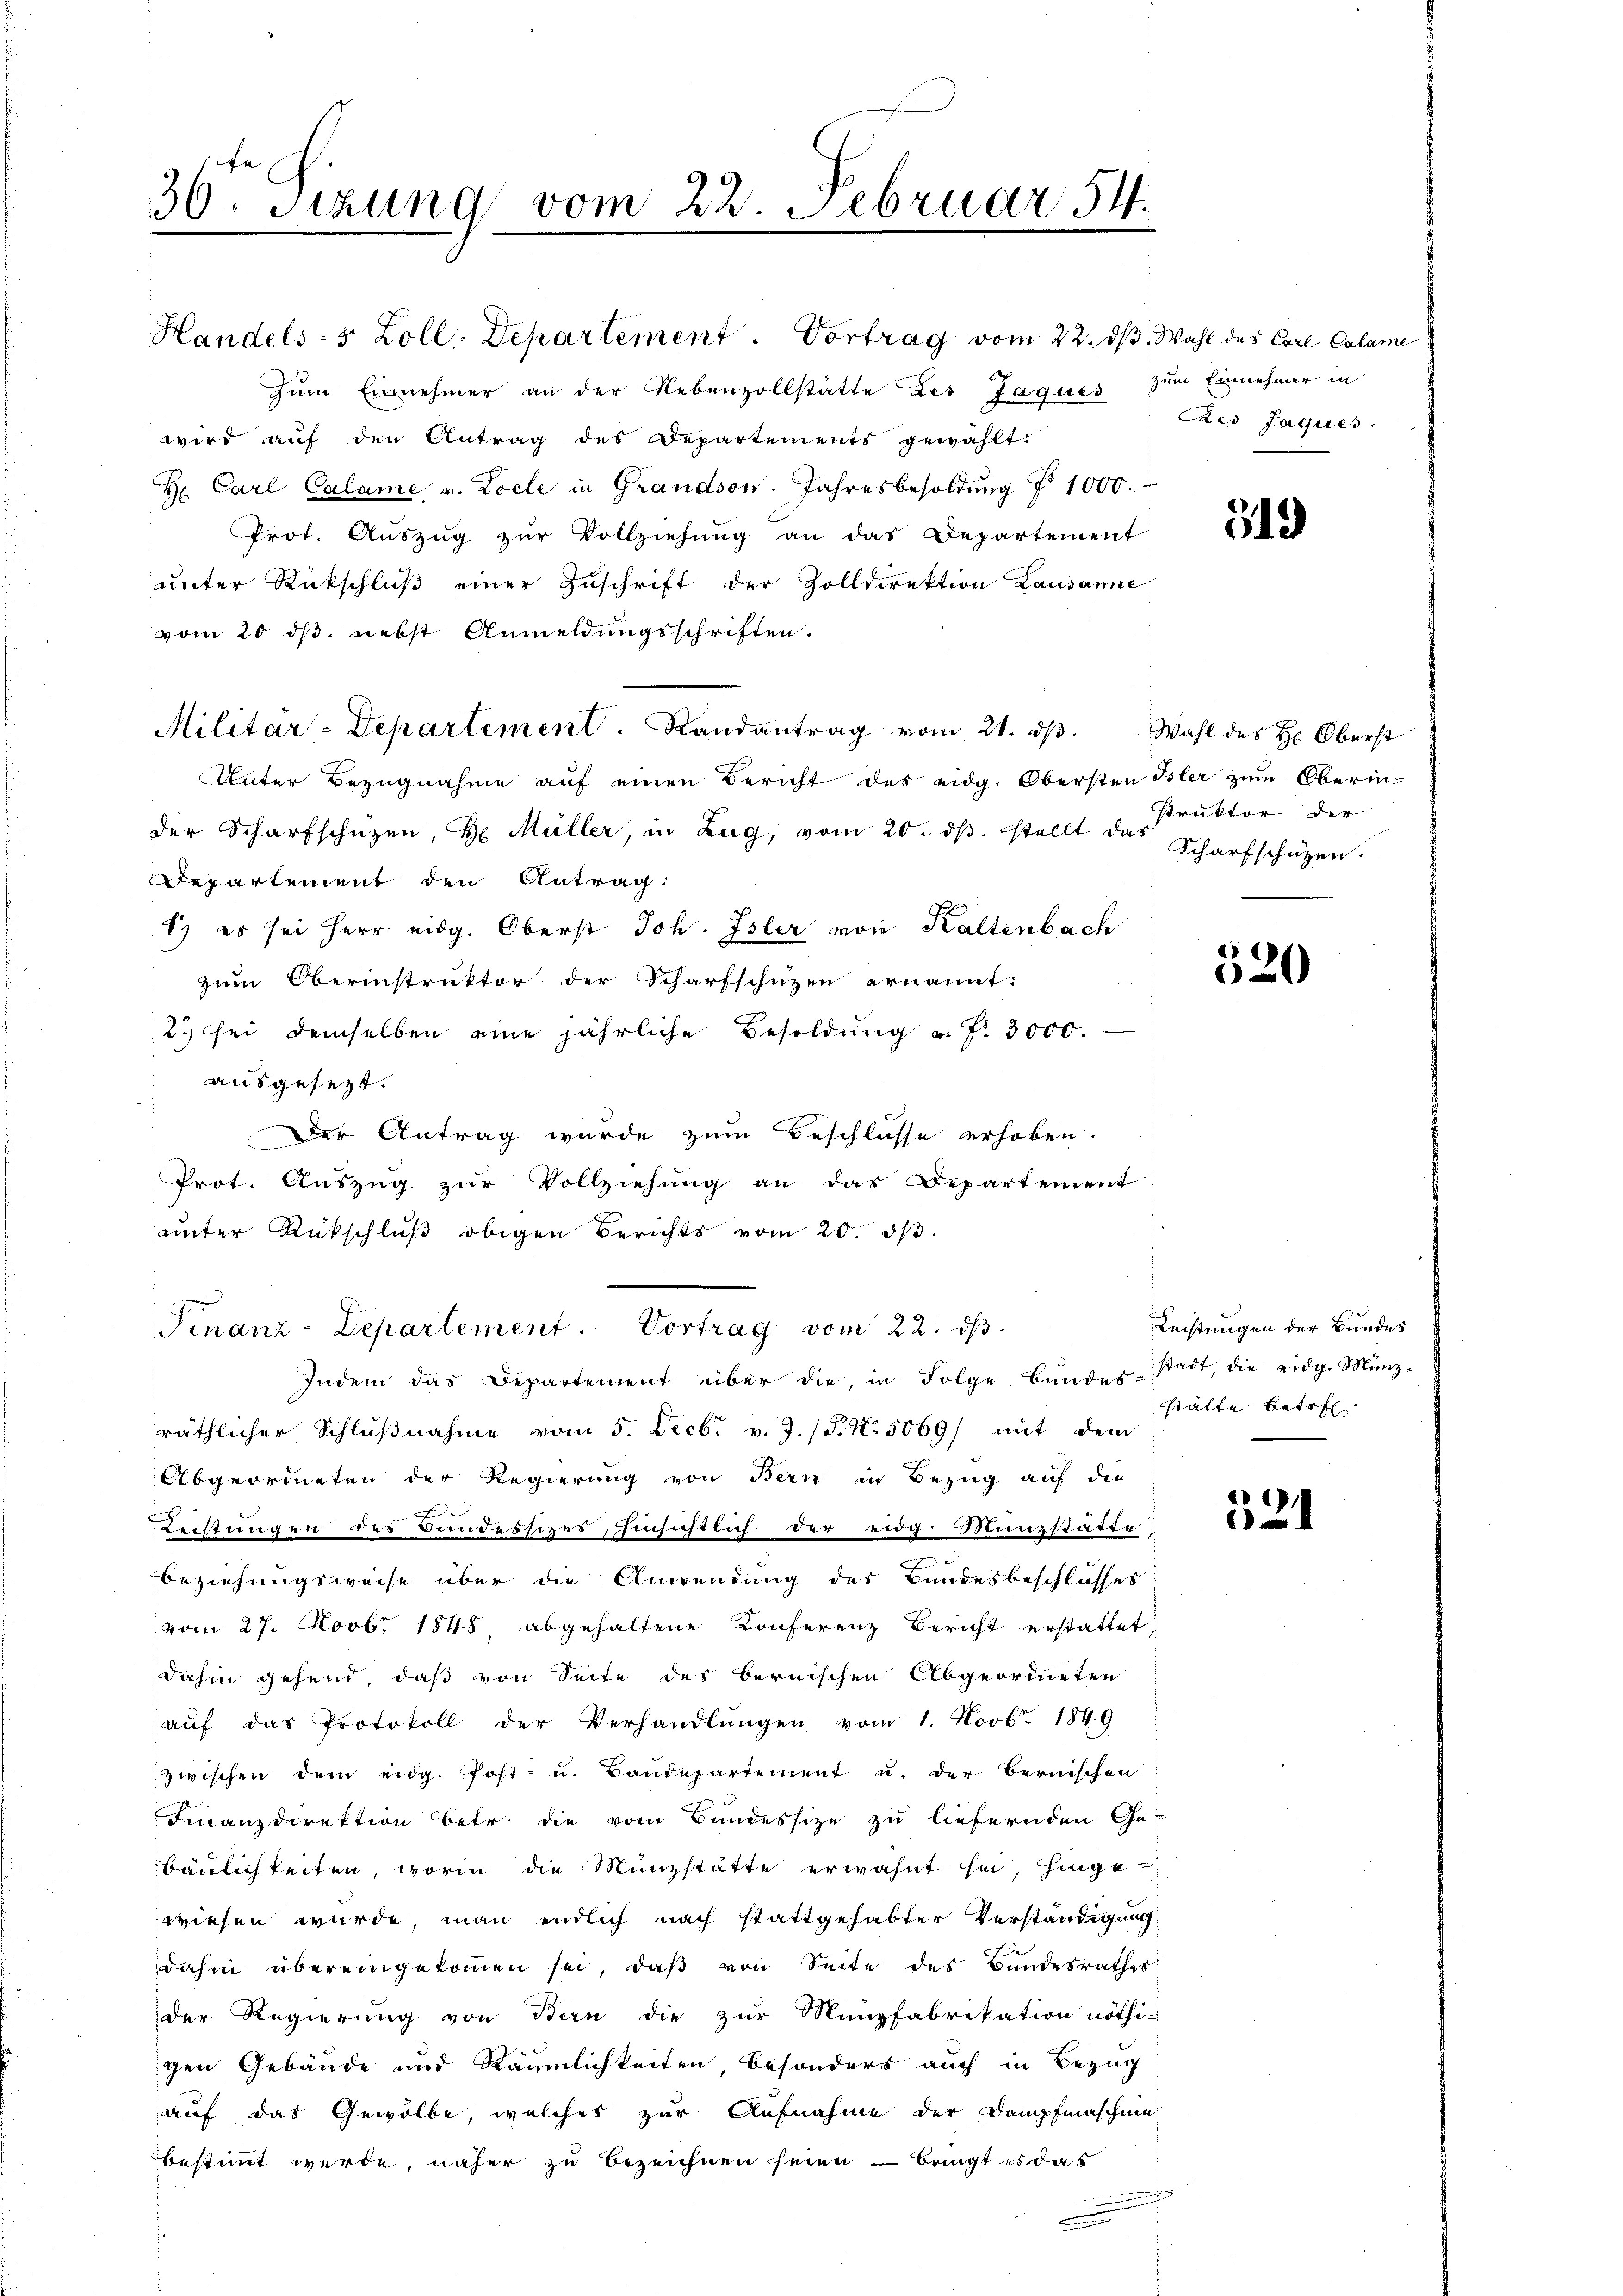
30. Sitzung vom 22 Februar 54.

Handels- & Zoll. Departement. Vortrag vom 22. ds.
Zum Einnehmer an der Nebenzollstätte des Jaques
wird aŭf den Antrag des Departements gewählt:
Hr. Carl Calame v. Locle in Grandson. Jahresbesoldung No 1000.
Prot. Aŭszŭg zŭr Vollziehŭng an das Departement
ŭnter Rückschlŭβ einer Zŭschrift der Zolldirektion Lausanne
vom 20 dß nebst Anmeldungsschriften.
Militar-Departement. Randantrag vom 21. dβ. Wahl des H. Oberst
Unter Bezugnahme auf einen Bericht des eidg. Obersten Isler zum Oberinder Scharfschützen, H. Müller, in Zug, vom 20. dβ. stellt das Scharfschützen.
Departement den Antrag:
1) es sei Herr eidg. Oberst Joh. Isler von Kaltenbach
zum Oberinstruktor der Scharfschützen ernannt:
2.) Sei demselben eine jährliche Besoldung a. f. 3000.
ausgesezt.
Der Antrag wurde zum Beschlüsse erhoben.
Prot. Auszug zur Vollziehung an das Departement
unter Rückschluß obigen Berichts vom 20. ds.
Finanz-Departement. Vortrag vom 22. ds.
Indem das Departement über die, in Folge bŭndes stadt, die eidg. Münz-
räthlicher Schlußnahme vom 5. Decbr v. J. P. Nr. 5069) mit dem
Abgeordneten der Regierung von Bern in Bezug auf die
Leistungen des Bundessitzes, Einsichtlich der eidg. Munzstätte
Beziehungsweise über die Anwendung der Bundesbeschlusses
vom 27. Novb. 1845 abgehaltene Konferenz Bericht erstattet
dahin gehend, daß von Seite des bernischen Abgeordneten
aŭf das Protokoll der Verhandlungen vom 1. Novb. 1849
zwischen dem eidg. Post- u. Bandepartement u. der Bernischen.
Finanzdirektion betr. die vom Bundessize zu liefernden Ge-
bäulichkeiten, worin die Münzstätte erwähnt sei, hinge-
wiesen würde, man endlich nach stattgehabter Verständigung
dahin übereingekommen sei, daß von Seite des Bundesrathes
der Regierung von Bern die zur Münzfabrikation nöthi-
igen Gebäude und Räumlichkeiten besonders auch in Bezug
auf das Gewölbe, welches zur Aufnahme der Dampfmaschine
bestimmt werde, näher zu bezeichnen seien - bringt es das

Wahl des Carl Calame
zum Einnehmer in
Des Jaques.

319

struktor der

e
20

Rechtungen der Bundes
stätte betref

1
621